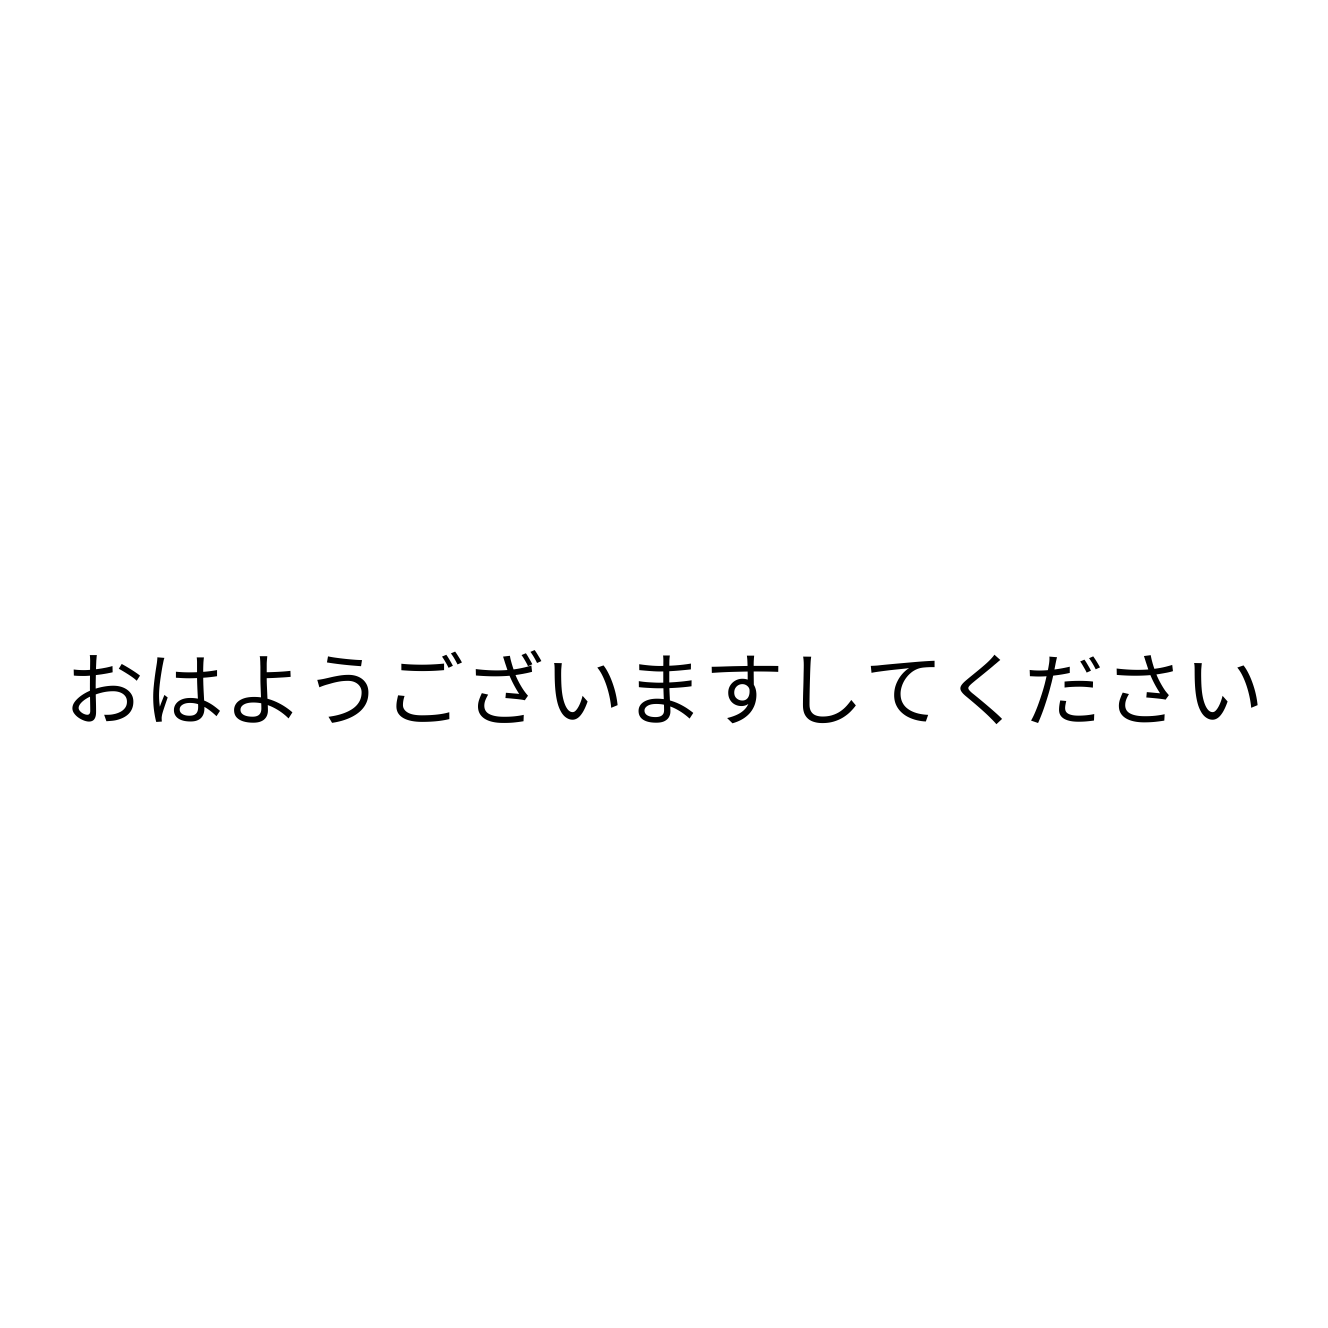
おはようございますしてください